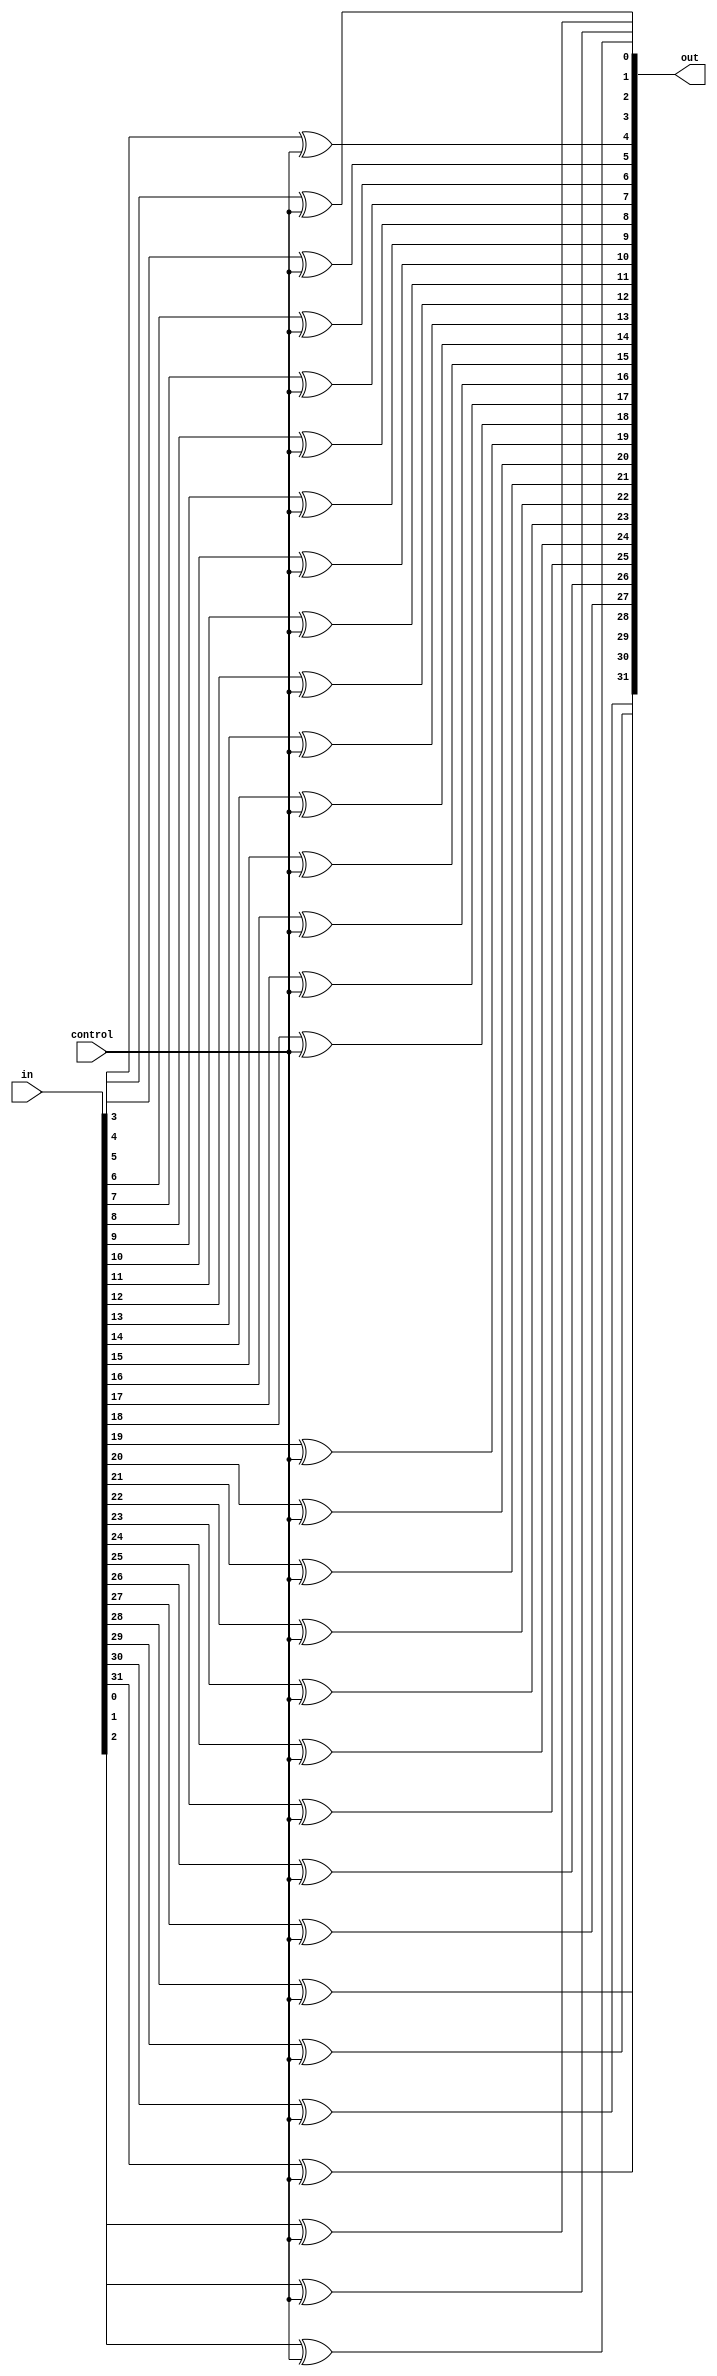
module cnot(out, in, control);
    input [31:0] in;
    input control;
    output [31:0] out;

    // Flip the bits with XOR gate
    xor xor0(out[0], in[0], control);
    xor xor1(out[1], in[1], control);
    xor xor2(out[2], in[2], control);
    xor xor3(out[3], in[3], control);
    xor xor4(out[4], in[4], control);
    xor xor5(out[5], in[5], control);
    xor xor6(out[6], in[6], control);
    xor xor7(out[7], in[7], control);
    xor xor8(out[8], in[8], control);
    xor xor9(out[9], in[9], control);
    xor xor10(out[10], in[10], control);
    xor xor11(out[11], in[11], control);
    xor xor12(out[12], in[12], control);
    xor xor13(out[13], in[13], control);
    xor xor14(out[14], in[14], control);
    xor xor15(out[15], in[15], control);
    xor xor16(out[16], in[16], control);
    xor xor17(out[17], in[17], control);
    xor xor18(out[18], in[18], control);
    xor xor19(out[19], in[19], control);
    xor xor20(out[20], in[20], control);
    xor xor21(out[21], in[21], control);
    xor xor22(out[22], in[22], control);
    xor xor23(out[23], in[23], control);
    xor xor24(out[24], in[24], control);
    xor xor25(out[25], in[25], control);
    xor xor26(out[26], in[26], control);
    xor xor27(out[27], in[27], control);
    xor xor28(out[28], in[28], control);
    xor xor29(out[29], in[29], control);
    xor xor30(out[30], in[30], control);
    xor xor31(out[31], in[31], control);
endmodule